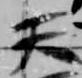
天